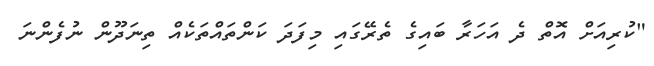
"ކުރިއަށް އޮތް ދެ އަހަރާ ބައިގެ ތެރޭގައި މިފަދަ ކަންތައްތަކެއް ތިނަދޫން ނުފެންނަ